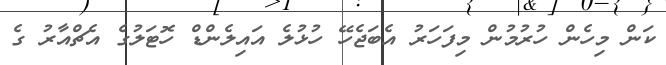
ކަން މިހެން ހުރުމުން މިފަހަރު އެބަޖެހޭ ހުޅުލެ އައިލެންޑް ހޮޓަލުގެ އެޗްއާރު ގެ